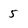
Character: 5